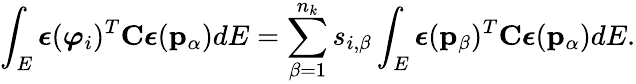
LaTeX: \int_{E}\boldsymbol{\epsilon}(\boldsymbol{\varphi}_{i})^{T}\mathbf{C}\boldsymbol{\epsilon}(\mathbf{p}_{\alpha})dE=\sum_{\beta=1}^{n_{k}}s_{i,\beta}\int_{E}\boldsymbol{\epsilon}(\mathbf{p}_{\beta})^{T}\mathbf{C}\boldsymbol{\epsilon}(\mathbf{p}_{\alpha})dE.